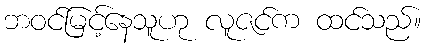
ဘဝင်မြင့်နေသူဟု လူဇင်က ထင်သည်။